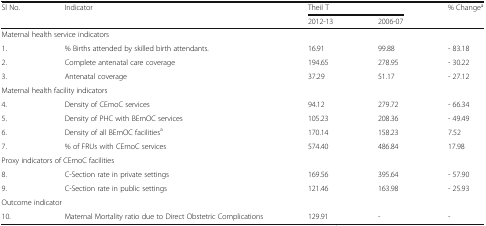
| Sl No. | Indicator | <COLSPAN=2> Theil T | % Changea |
 | <COLSPAN=2>  | 2012-13 | 2006-07 |  |
 | --- | --- | --- | --- | --- |
 | <COLSPAN=5> Maternal health service indicators |
 | 1. | % Births attended by skilled birth attendants. | 16.91 | 99.88 | - 83.18 |
 | 2. | Complete antenatal care coverage | 194.65 | 278.95 | - 30.22 |
 | 3. | Antenatal coverage | 37.29 | 51.17 | - 27.12 |
 | <COLSPAN=5> Maternal health facility indicators |
 | 4. | Density of CEmoC services | 94.12 | 279.72 | - 66.34 |
 | 5. | Density of PHC with BEmOC services | 105.23 | 208.36 | - 49.49 |
 | 6. | Density of all BEmOC facilitiesa | 170.14 | 158.23 | 7.52 |
 | 7. | % of FRUs with CEmoC services | 574.40 | 486.84 | 17.98 |
 | <COLSPAN=5> Proxy indicators of CEmoC facilities |
 | 8. | C-Section rate in private settings | 169.56 | 395.64 | - 57.90 |
 | 9. | C-Section rate in public settings | 121.46 | 163.98 | - 25.93 |
 | <COLSPAN=5> Outcome indicator |
 | 10. | Maternal Mortality ratio due to Direct Obstetric Complications | 129.91 | - | - |